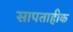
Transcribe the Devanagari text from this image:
सापताहीक